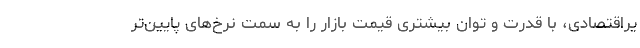
یراقتصادی، با قدرت و توان بیشتری قیمت بازار را به سمت نرخ‌های پایین‌تر